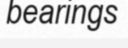
bearings